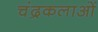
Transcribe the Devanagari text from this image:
चंद्रकलाओं